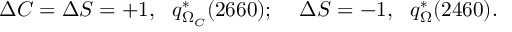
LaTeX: \Delta C = \Delta S = + 1 \mathrm { , ~ \ } q _ { \Omega _ { C } } ^ { \ast } ( 2 6 6 0 ) \mathrm { ; \ \ \ \ } \Delta S = - 1 \mathrm { , ~ \ } q _ { \Omega } ^ { \ast } ( 2 4 6 0 ) \mathrm { . }